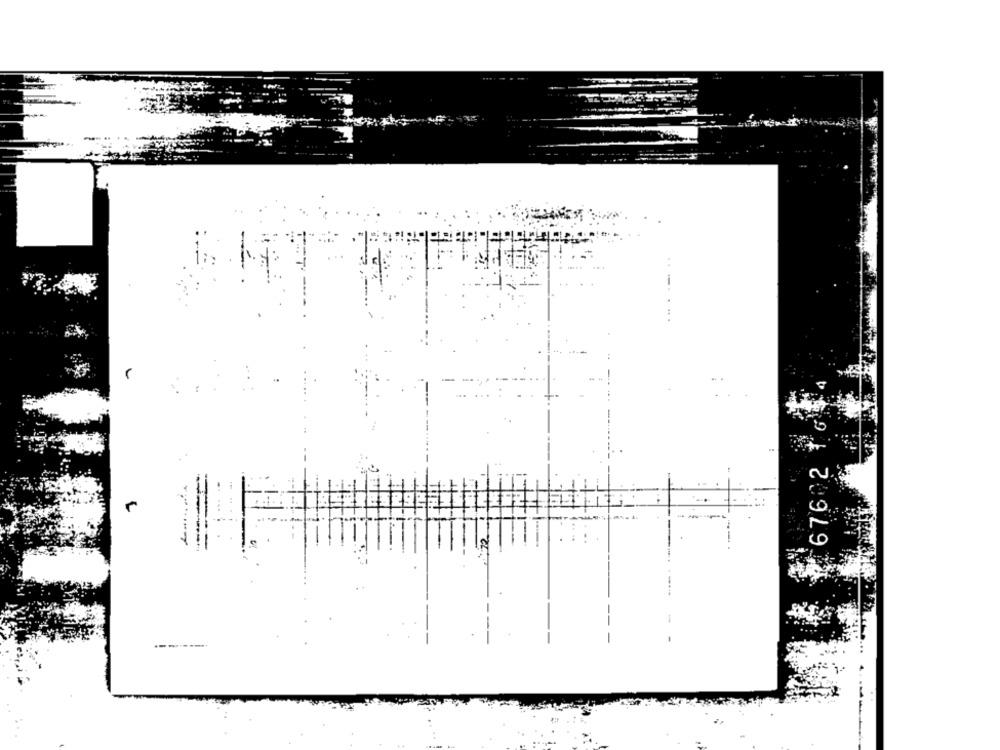
..
.. ..
-
.....
676 2
------